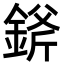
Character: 𨨞